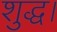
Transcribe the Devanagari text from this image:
शुद्ध।